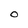
Character: O